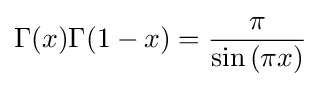
\Gamma (x)\Gamma (1-x)={\frac {\pi }{\sin {(\pi x)}}}